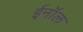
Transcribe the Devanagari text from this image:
ईनॉल